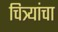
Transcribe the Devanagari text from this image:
चित्र्यांचा